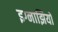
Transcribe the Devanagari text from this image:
इग्नाझियो